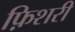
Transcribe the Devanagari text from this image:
फ़िशरी